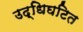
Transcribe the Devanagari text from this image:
उद्धिघटित